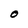
Character: O